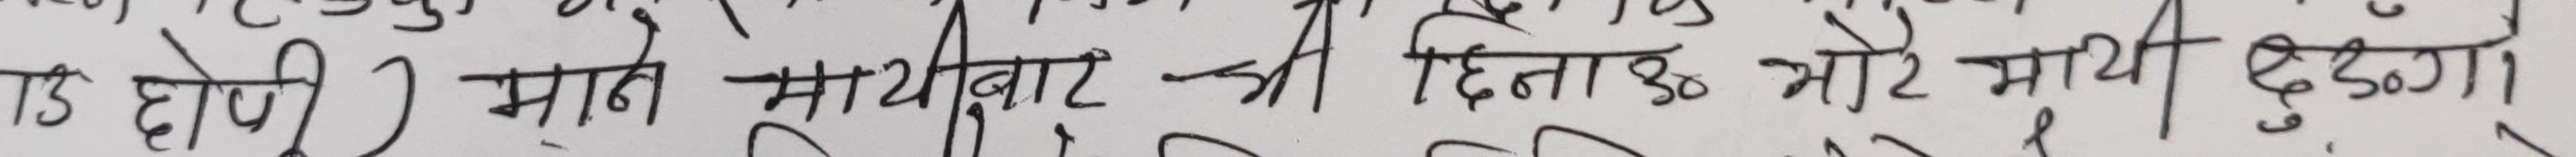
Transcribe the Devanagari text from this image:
उड होगी माने सूचीबार-जी दिनांक ३० मोटे माथी दुईगा।